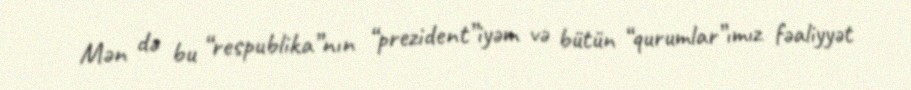
Mən də bu “respublika”nın “prezident”iyəm və bütün “qurumlar”ımız fəaliyyət